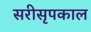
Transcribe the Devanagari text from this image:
सरीसृपकाल